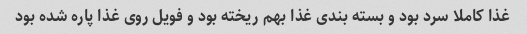
غذا کاملا سرد بود و بسته بندی غذا بهم ریخته بود و فویل روی غذا پاره شده بود